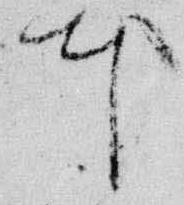
本